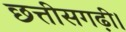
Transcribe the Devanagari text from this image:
छत्तीसगढ़ी।